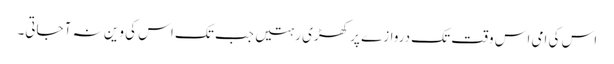
اس کی امی اس وقت تک دروازے پر کھڑی رہتیں جب تک اس کی وین نہ آ جاتی۔